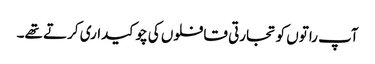
آپ راتوں کو تجارتی قافلوں کی چوکیداری کرتے تھے۔